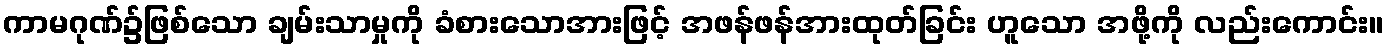
ကာမဂုဏ်၌ဖြစ်သော ချမ်းသာမှုကို ခံစားသောအားဖြင့် အဖန်ဖန်အားထုတ်ခြင်း ဟူသော အဖို့ကို လည်းကောင်း။